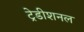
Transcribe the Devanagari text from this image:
ट्रेडीशनल